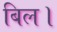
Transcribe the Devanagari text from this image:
बिल।